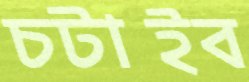
চটাইব